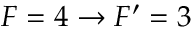
F = 4 \rightarrow F ^ { \prime } = 3